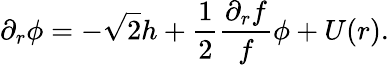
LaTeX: \partial_{r}\phi=-\sqrt 2h+{\frac{1}{2}}{\frac{\partial_{r}f}{f}}\phi+U(r).